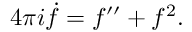
4 \pi i \dot { f } = f ^ { \prime \prime } + f ^ { 2 } .